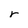
Character: r